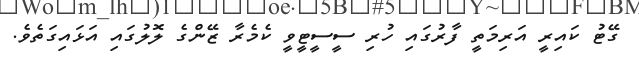
ގޭޓު ކައިރީ އަރިމަތީ ފާރުގައި ހުރި ސީސީޓީވީ ކެމެރާ ޒޭންގެ ލޮލުގައި އަޅައިގަތެވެ.